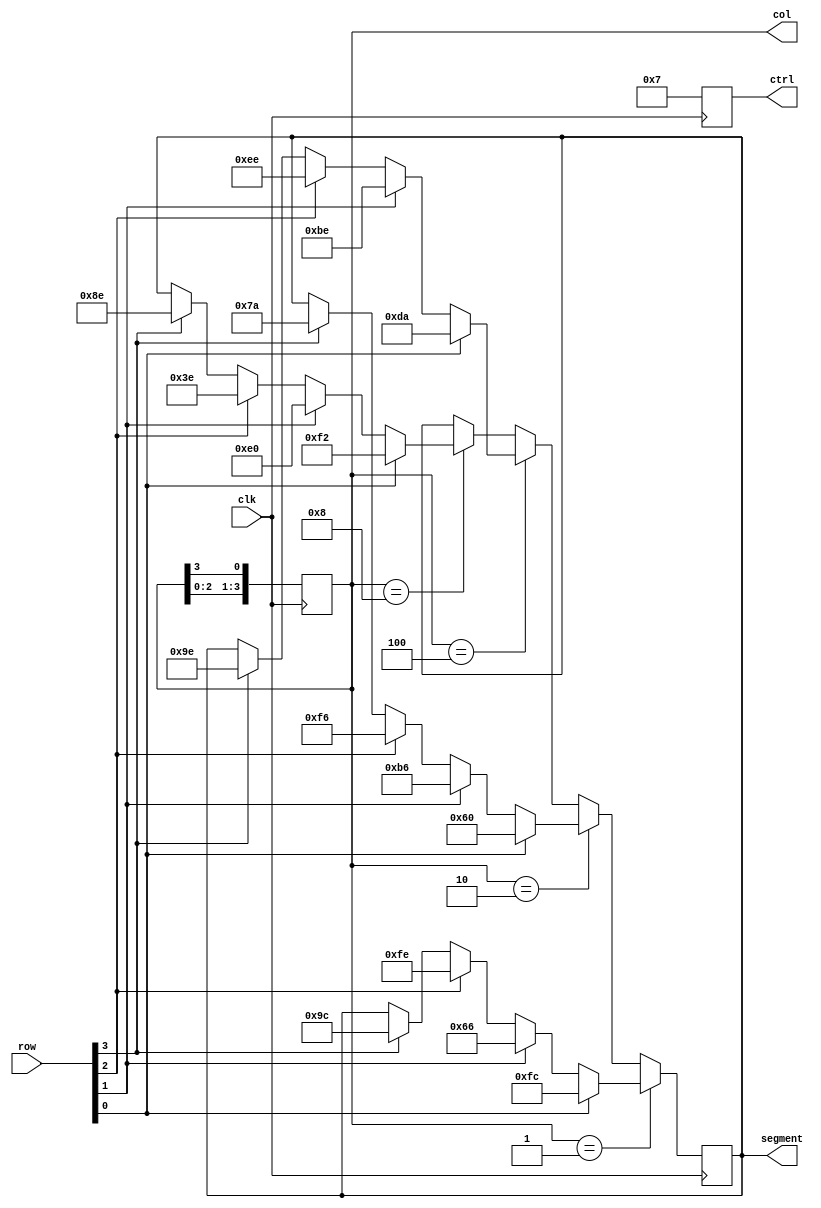
module matkey (
    input clk,
    input [3:0] row,
    output reg [3:0] col,
    output reg [3:0] ctrl,
    output [7:0] segment
);

reg [7:0] display ;

initial col = 4'b0001;        //Initialise the columns

always @(posedge clk) ctrl = 4'b0111;

always @(posedge clk) begin
    if (col==4'b0001) begin
        if (row[0]==1) display = 8'b11111100;//0
        else if (row[1]==1) display = 8'b01100110;//4
        else if (row[2]==1) display = 8'b11111110;//8
        else if (row[3]==1) display = 8'b10011100;//C
    end
    else if (col==4'b0010) begin
        if (row[0]==1) display = 8'b01100000;//1
        else if (row[1]==1) display = 8'b10110110;//5
        else if (row[2]==1) display = 8'b11110110;//9
        else if (row[3]==1) display = 8'b01111010;//D
    end
    else if (col==4'b0100) begin
        if (row[0]==1) display = 8'b11011010;//2
        else if (row[1]==1) display = 8'b10111110;//6
        else if (row[2]==1) display = 8'b11101110;//A
        else if (row[3]==1) display = 8'b10011110;//E
    end
    else if (col==4'b1000) begin
        if (row[0]==1) display = 8'b11110010;//3
        else if (row[1]==1) display = 8'b11100000;//7
        else if (row[2]==1) display = 8'b00111110;//B
        else if (row[3]==1) display = 8'b10001110;//F
    end
    col = ({col[2:0],col[3]});    //column changes at the rate of 4MHz
end

assign segment = display;

endmodule